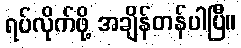
ရပ်လိုက်ဖို့ အချိန်တန်ပါပြီ။